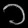
Digit: ၁